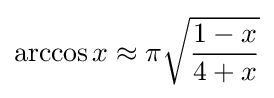
\arccos x\approx \pi {\sqrt {\frac {1-x}{4+x}}}